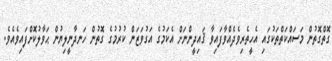
ގޮތްގޮތުން މަސައްކަތްތަކުގައި އެހީތެރިވެދެއްވާފައިވާ ޤައިދީންނަށް އެކަމުގެ އަގުވަޒަން ކުރުމުގެ ގޮތުން ހަނދާނީލިޔުން ޙަވާލުކޮށްފައިވެއެވެ.